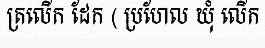
ត្រលើក ដែក ( ប្រហែល ឃុំ លើក